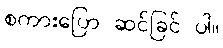
စကားပြော ဆင်ခြင် ပါ။